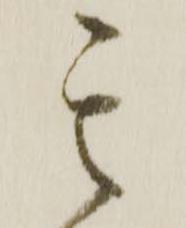
其